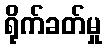
ရိုက်ခတ်မှု